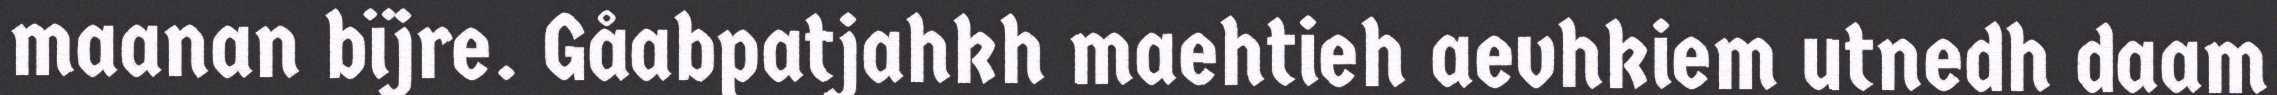
maanan bïjre. Gåabpatjahkh maehtieh aevhkiem utnedh daam